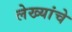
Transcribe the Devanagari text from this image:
लेख्यांचे